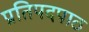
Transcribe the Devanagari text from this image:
प्रतिपदपाठ